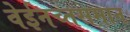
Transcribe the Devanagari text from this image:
वेईनच्तसमान